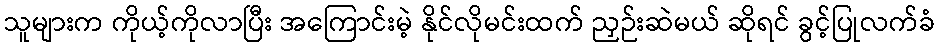
သူများက ကိုယ့်ကိုလာပြီး အကြောင်းမဲ့ နိုင်လိုမင်းထက် ညှဉ်းဆဲမယ် ဆိုရင် ခွင့်ပြုလက်ခံ